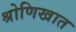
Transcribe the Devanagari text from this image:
श्रोणिखात